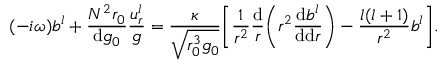
( - i \omega ) b ^ { l } + \frac { N ^ { 2 } r _ { 0 } } { \mathrm { d } g _ { 0 } } \frac { u _ { r } ^ { l } } { g } = \frac { \kappa } { \sqrt { r _ { 0 } ^ { 3 } g _ { 0 } } } \Bigg [ \frac { 1 } { r ^ { 2 } } \frac { \mathrm { d } } { r } \bigg ( r ^ { 2 } \frac { \mathrm { d } b ^ { l } } { \mathrm { d } \mathrm { d } r } \bigg ) - \frac { l ( l + 1 ) } { r ^ { 2 } } b ^ { l } \Bigg ] .